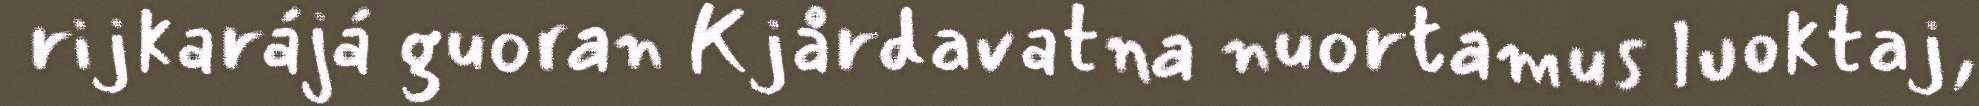
rijkarájá guoran Kjårdavatna nuortamus luoktaj,